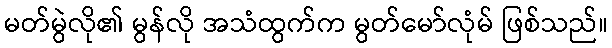
မတ်မွဲလို၏ မွန်လို အသံထွက်က မွတ်မော်လုံမ် ဖြစ်သည်။